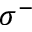
\sigma ^ { - }